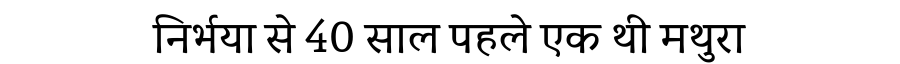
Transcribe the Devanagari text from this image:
निर्भया से 40 साल पहले एक थी मथुरा